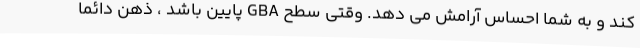
کند و به شما احساس آرامش می دهد. وقتی سطح GBA پایین باشد ، ذهن دائما